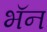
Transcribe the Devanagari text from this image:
भॅन